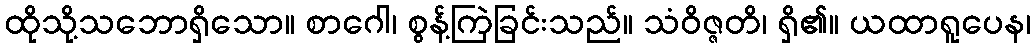
ထိုသို့သဘောရှိသော။ စာဂေါ၊ စွန့်ကြဲခြင်းသည်။ သံဝိဇ္ဇတိ၊ ရှိ၏။ ယထာရူပေန၊